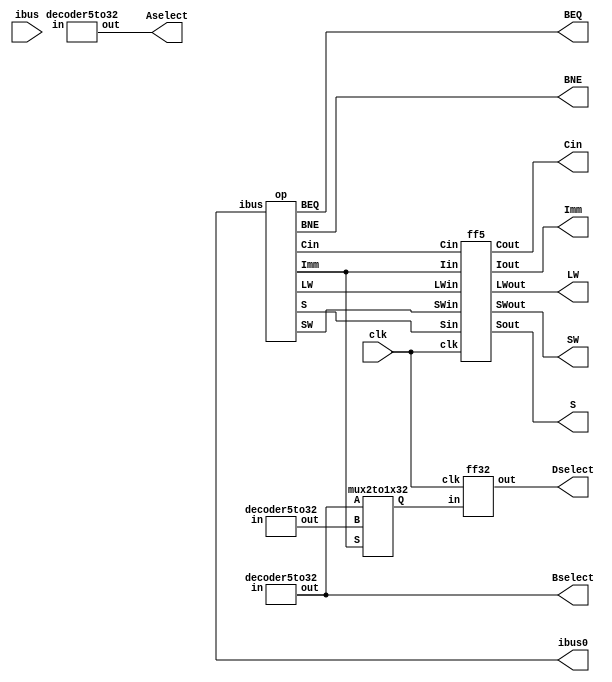
//Brian Beerbower

module Project5(ibus,ibus0,clk,Aselect,Bselect,Dselect,Imm,S,Cin,LW,SW,BEQ,BNE);
input clk;
input [31:0] ibus;
output [31:0] Aselect,Bselect,Dselect;
output Imm,Cin,LW,SW,BEQ,BNE;
output [2:0] S;

output [31:0] ibus0;
wire [31:0] Dselect0;
wire [31:0] Dselect1;
wire Imm0,Cin0,LW0,SW0;
wire [2:0] S0;
//module ff32(clk,in,out);
//ff32 a1(clk,ibus,ibus0);
//module op(ibus,Imm,Cin,S,LW,SW,BEQ,BNE);
op d1(ibus0,Imm0,Cin0,S0,LW0,SW0,BEQ,BNE);
//decoder5to32(in,out); 
decoder5to32 b1(ibus0[25:21],Aselect);
decoder5to32 b2(ibus0[20:16],Bselect);
decoder5to32 b3(ibus0[15:11],Dselect0);
//module mux2to1x32(A,B,S,Q);
mux2to1x32 c1(Bselect,Dselect0,Imm0,Dselect1);
//module ff32(clk,in,out);
ff32 a2(clk,Dselect1,Dselect);
//module ff5(clk,Iin,Sin,Cin,LWin,SWin,Iout,Sout,Cout,LWout,SWout);
ff5 g1(clk,Imm0,S0,Cin0,LW0,SW0,Imm,S,Cin,LW,SW);
endmodule



module ff32(clk,in,out);
input clk; 
input [31:0] in;
output reg [31:0] out;

always @ (posedge clk)
begin 
out=in;
end
endmodule



module ff5(clk,Iin,Sin,Cin,LWin,SWin,Iout,Sout,Cout,LWout,SWout);
input Iin,Cin,clk,LWin,SWin;
input [2:0] Sin;
output reg Iout,Cout,LWout,SWout;
output reg [2:0] Sout;

always @ (posedge clk)
begin
LWout = LWin;
SWout = SWin;
Iout = Iin;
Cout = Cin;
Sout = Sin;
end
endmodule


module decoder5to32(in,out); 
input [4:0] in;
output reg [31:0] out;

always @ (*)
begin
case(in)
5'b00000:out = 32'h1;
5'b00001:out = 32'h2;
5'b00010:out = 32'h4;
5'b00011:out = 32'h8;
5'b00100:out = 32'h10;
5'b00101:out = 32'h20;
5'b00110:out = 32'h40;
5'b00111:out = 32'h80;
5'b01000:out = 32'h100;
5'b01001:out = 32'h200;
5'b01010:out = 32'h400;
5'b01011:out = 32'h800;
5'b01100:out = 32'h1000;
5'b01101:out = 32'h2000;
5'b01110:out = 32'h4000;
5'b01111:out = 32'h8000;

5'b10000:out = 32'h10000;
5'b10001:out = 32'h20000;
5'b10010:out = 32'h40000;
5'b10011:out = 32'h80000;
5'b10100:out = 32'h100000;
5'b10101:out = 32'h200000;
5'b10110:out = 32'h400000;
5'b10111:out = 32'h800000;
5'b11000:out = 32'h1000000;
5'b11001:out = 32'h2000000;
5'b11010:out = 32'h4000000;
5'b11011:out = 32'h8000000;
5'b11100:out = 32'h10000000;
5'b11101:out = 32'h20000000;
5'b11110:out = 32'h40000000;
5'b11111:out = 32'h80000000;
default:out = 32'h0;
endcase
end
endmodule 



module op(ibus,Imm,Cin,S,LW,SW,BEQ,BNE);
input [31:0] ibus;
output reg Imm,Cin,LW,SW,BEQ,BNE;
output reg [2:0] S;

wire I;

always @ (*)
begin 


if(ibus[31:26] == 6'b000000 && ibus[5:0] == 6'b000011) begin S=3'b010; Imm = 0; Cin = 0; LW = 0; SW = 0; BEQ = 0; BNE =0; end //add
else if(ibus[31:26] == 6'b000000 && ibus[5:0] == 6'b000010) begin S=3'b011; Imm = 0; Cin = 1; LW = 0; SW = 0; BEQ = 0; BNE =0; end //sub
else if(ibus[31:26] == 6'b000000 && ibus[5:0] == 6'b000001) begin S=3'b000; Imm = 0; Cin = 0; LW = 0; SW = 0; BEQ = 0; BNE =0; end //xor
else if(ibus[31:26] == 6'b000000 && ibus[5:0] == 6'b000111) begin S=3'b110; Imm = 0; Cin = 0; LW = 0; SW = 0; BEQ = 0; BNE =0; end //and
else if(ibus[31:26] == 6'b000000 && ibus[5:0] == 6'b000100) begin S=3'b100; Imm = 0; Cin = 0; LW = 0; SW = 0; BEQ = 0; BNE =0; end //or
else if(ibus[31:26] == 6'b000011) begin S=3'b010; Imm = 1; Cin = 0; LW = 0; SW = 0; BEQ = 0; BNE =0; end //addi
else if(ibus[31:26] == 6'b000010) begin S=3'b011; Imm = 1; Cin = 1; LW = 0; SW = 0; BEQ = 0; BNE =0; end //subi
else if(ibus[31:26] == 6'b000001) begin S=3'b000; Imm = 1; Cin = 0; LW = 0; SW = 0; BEQ = 0; BNE =0; end //xori
else if(ibus[31:26] == 6'b001111) begin S=3'b110; Imm = 1; Cin = 0; LW = 0; SW = 0; BEQ = 0; BNE =0; end //andi
else if(ibus[31:26] == 6'b001100) begin S=3'b100; Imm = 1; Cin = 0; LW = 0; SW = 0; BEQ = 0; BNE =0; end //ori
else if(ibus[31:26] == 6'b011110) begin S=3'b010; Imm = 1; Cin = 0; LW = 1; SW = 0; BEQ = 0; BNE =0; end//LW
else if(ibus[31:26] == 6'b011111) begin S=3'b010; Imm = 1; Cin = 0; LW = 0; SW = 1; BEQ = 0; BNE =0; end//SW 
else if(ibus[31:26] == 6'b110000) begin S=3'b010; Imm = 1; Cin = 0; LW = 0; SW = 1; BEQ = 1; BNE =0; end//Beq
else if(ibus[31:26] == 6'b110001) begin S=3'b010; Imm = 1; Cin = 0; LW = 0; SW = 1; BEQ = 0; BNE =1; end//Bne

else begin S=3'b111; Imm = 1; Cin = 0; LW = 0; SW = 0; BEQ = 0; BNE =0; end
end


endmodule

module mux2to1x32(A,B,S,Q);
input [31:0]A,B;
input S;
output reg [31:0]Q;

always@(*)
begin 
case(S)
1'b0:Q=B;
1'b1:Q=A;
endcase
end
endmodule